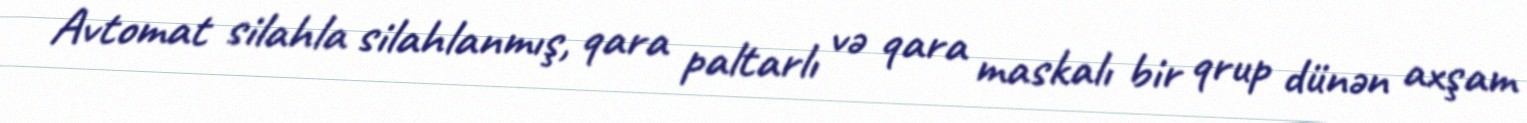
Avtomat silahla silahlanmış, qara paltarlı və qara maskalı bir qrup dünən axşam